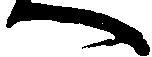
へ